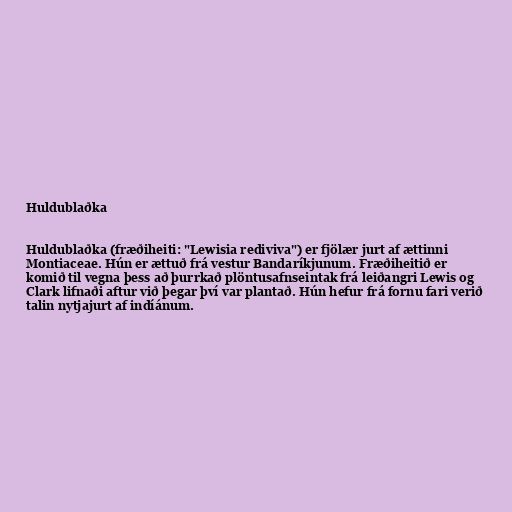
Huldublaðka

Huldublaðka (fræðiheiti: "Lewisia rediviva") er fjölær jurt af ættinni
Montiaceae. Hún er ættuð frá vestur Bandaríkjunum. Fræðiheitið er
komið til vegna þess að þurrkað plöntusafnseintak frá leiðangri Lewis og
Clark lifnaði aftur við þegar því var plantað. Hún hefur frá fornu fari verið
talin nytjajurt af indíánum.